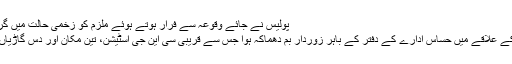
پولیس نے جائے وقوعہ سے فرار ہوتے ہوئے ملزم کو زخمی حالت میں گرفتار کر لیا.
سول لائنز کے علاقے میں حساس ادارے کے دفتر کے باہر زوردار بم دھماکہ ہوا جس سے قریبی سی این جی اسٹیشن، تین مکان اور دس گاڑیاں تباہ ہوگئیں۔